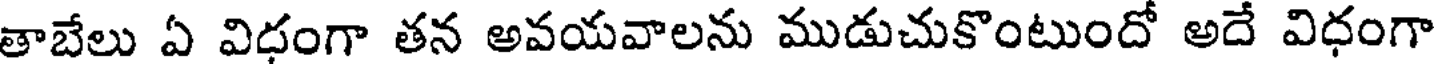
తాబేలు ఏ విధంగా తన అవయవాలను ముడుచుకొంటుందో అదే విధంగా